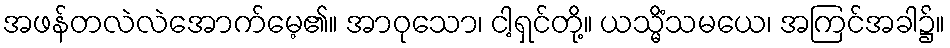
အဖန်တလဲလဲအောက်မေ့၏။ အာဝုသော၊ ငါ့ရှင်တို့။ ယသ္မိံသမယေ၊ အကြင်အခါ၌။